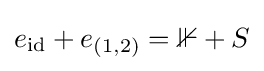
e_{\text{id}}+e_{(1,2)}=\mathbb {1} +S